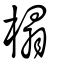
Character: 榻